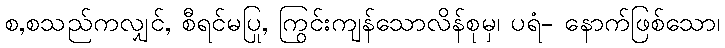
စ,စသည်ကလျှင်, စီရင်မပြု, ကြွင်းကျန်သောလိန်စုမှ၊ ပရံ- နောက်ဖြစ်သော၊